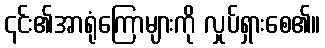
၎င်း၏အာရုံကြောများကို လှုပ်ရှားစေ၏။